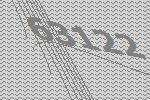
63122